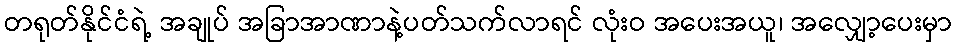
တရုတ်နိုင်ငံရဲ့ အချုပ် အခြာအာဏာနဲ့ပတ်သက်လာရင် လုံးဝ အပေးအယူ၊ အလျှော့ပေးမှာ